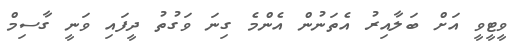
ވީޓީވީ އަށް ބަލާއިރު އެތަނުން އެންމެ ގިނަ ވަގުތު ދީފައި ވަނީ ގާސިމް